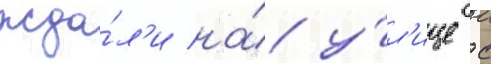
жда́л'и на́ у́л'ице с